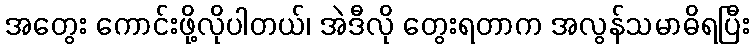
အတွေး ကောင်းဖို့လိုပါတယ်၊ အဲဒီလို တွေးရတာက အလွန်သမာဓိရပြီး